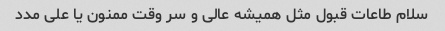
سلام طاعات قبول مثل همیشه عالی و سر وقت ممنون یا علی مدد